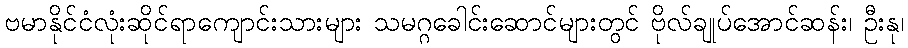
ဗမာနိုင်ငံလုံးဆိုင်ရာကျောင်းသားများ သမဂ္ဂခေါင်းဆောင်များတွင် ဗိုလ်ချုပ်အောင်ဆန်း၊ ဦးနု၊